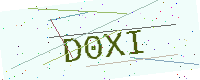
Text: D0XI